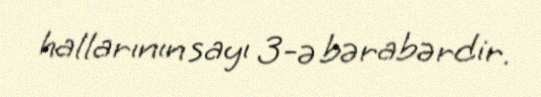
hallarının sayı 3-ə bərabərdir.